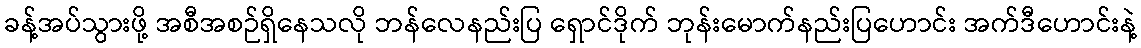
ခန့်အပ်သွားဖို့ အစီအစဉ်ရှိနေသလို ဘန်လေနည်းပြ ရှောင်ဒိုက် ဘုန်းမောက်နည်းပြဟောင်း အက်ဒီဟောင်းနဲ့